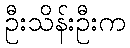
ဦးသိန်းဦးက